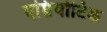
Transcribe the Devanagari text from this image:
एम्नियोटिक